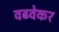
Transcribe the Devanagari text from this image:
वढवेकर